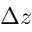
\Delta z